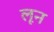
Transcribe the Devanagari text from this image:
लून